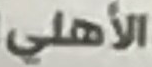
الأهلي